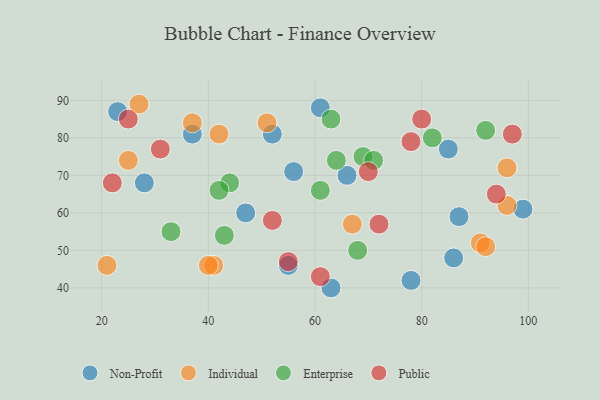
{"axis": {"x": "GDP", "y": "Life Expectancy"}, "legend": ["Enterprise", "Individual", "Non-Profit", "Public"], "data": [{"x": "85", "y": 77, "type": "Non-Profit"}, {"x": "78", "y": 42, "type": "Non-Profit"}, {"x": "61", "y": 88, "type": "Non-Profit"}, {"x": "99", "y": 61, "type": "Non-Profit"}, {"x": "52", "y": 81, "type": "Non-Profit"}, {"x": "37", "y": 81, "type": "Non-Profit"}, {"x": "23", "y": 87, "type": "Non-Profit"}, {"x": "56", "y": 71, "type": "Non-Profit"}, {"x": "28", "y": 68, "type": "Non-Profit"}, {"x": "86", "y": 48, "type": "Non-Profit"}, {"x": "66", "y": 70, "type": "Non-Profit"}, {"x": "87", "y": 59, "type": "Non-Profit"}, {"x": "63", "y": 40, "type": "Non-Profit"}, {"x": "47", "y": 60, "type": "Non-Profit"}, {"x": "55", "y": 46, "type": "Non-Profit"}, {"x": "42", "y": 81, "type": "Individual"}, {"x": "25", "y": 74, "type": "Individual"}, {"x": "41", "y": 46, "type": "Individual"}, {"x": "96", "y": 72, "type": "Individual"}, {"x": "91", "y": 52, "type": "Individual"}, {"x": "37", "y": 84, "type": "Individual"}, {"x": "27", "y": 89, "type": "Individual"}, {"x": "67", "y": 57, "type": "Individual"}, {"x": "21", "y": 46, "type": "Individual"}, {"x": "40", "y": 46, "type": "Individual"}, {"x": "96", "y": 62, "type": "Individual"}, {"x": "51", "y": 84, "type": "Individual"}, {"x": "92", "y": 51, "type": "Individual"}, {"x": "68", "y": 50, "type": "Enterprise"}, {"x": "64", "y": 74, "type": "Enterprise"}, {"x": "63", "y": 85, "type": "Enterprise"}, {"x": "43", "y": 54, "type": "Enterprise"}, {"x": "69", "y": 75, "type": "Enterprise"}, {"x": "61", "y": 66, "type": "Enterprise"}, {"x": "71", "y": 74, "type": "Enterprise"}, {"x": "44", "y": 68, "type": "Enterprise"}, {"x": "33", "y": 55, "type": "Enterprise"}, {"x": "42", "y": 66, "type": "Enterprise"}, {"x": "82", "y": 80, "type": "Enterprise"}, {"x": "92", "y": 82, "type": "Enterprise"}, {"x": "22", "y": 68, "type": "Public"}, {"x": "61", "y": 43, "type": "Public"}, {"x": "80", "y": 85, "type": "Public"}, {"x": "72", "y": 57, "type": "Public"}, {"x": "31", "y": 77, "type": "Public"}, {"x": "55", "y": 47, "type": "Public"}, {"x": "25", "y": 85, "type": "Public"}, {"x": "78", "y": 79, "type": "Public"}, {"x": "94", "y": 65, "type": "Public"}, {"x": "97", "y": 81, "type": "Public"}, {"x": "52", "y": 58, "type": "Public"}, {"x": "70", "y": 71, "type": "Public"}]}